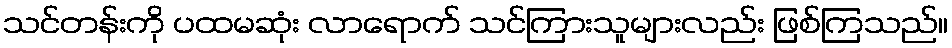
သင်တန်းကို ပထမဆုံး လာရောက် သင်ကြားသူများလည်း ဖြစ်ကြသည်။